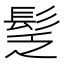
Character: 𩬪